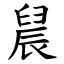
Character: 䢅